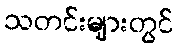
သတင်းများတွင်